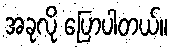
အခုလို ပြောပါတယ်။